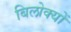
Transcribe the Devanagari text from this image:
बिलोक्यों